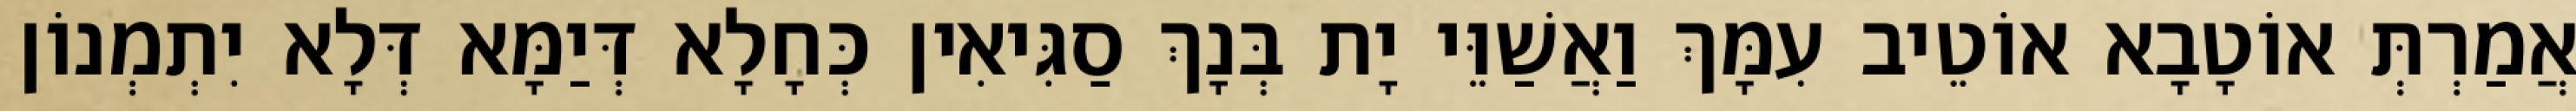
אֲמַרְתְּ אוֹטָבָא אוֹטֵיב עִמָּךְ וַאֲשַׁוֵּי יָת בְּנָךְ סַגִּיאִין כְּחָלָא דְּיַמָּא דְּלָא יִתְמְנוֹן